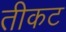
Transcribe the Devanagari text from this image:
तीकट